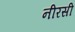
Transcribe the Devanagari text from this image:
नीरसी